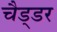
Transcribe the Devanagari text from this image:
चैड्डर